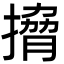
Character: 搚